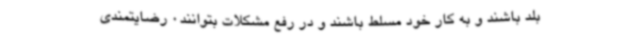
بلد باشند و به کار خود مسلط باشند و در رفع مشکلات بتوانند0 رضایتمندی